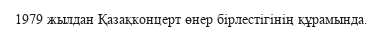
1979 жылдан Қазақконцерт өнер бірлестігінің құрамында.